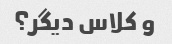
و کلاس دیگر؟